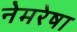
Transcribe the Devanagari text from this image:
नेमरेषा